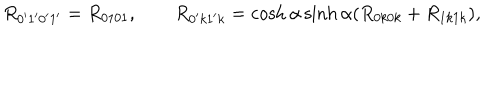
R _ { 0 ^ { \prime } 1 ^ { \prime } 0 ^ { \prime } 1 ^ { \prime } } = R _ { 0 1 0 1 } , \qquad R _ { 0 ^ { \prime } k 1 ^ { \prime } k } = \cosh \alpha \sinh \alpha ( R _ { 0 k 0 k } + R _ { 1 k 1 k } ) ,